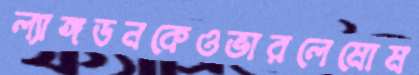
ল্যাঙ্গডনকেওভারলেমোম